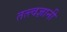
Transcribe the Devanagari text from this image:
तत्त्‍वज्ञानी